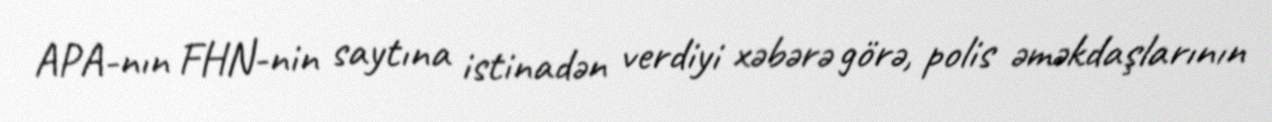
APA-nın FHN-nin saytına istinadən verdiyi xəbərə görə, polis əməkdaşlarının